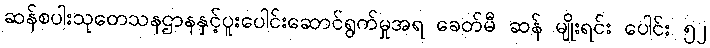
ဆန်စပါးသုတေသနဌာနနှင့်ပူးပေါင်းဆောင်ရွက်မှုအရ ခေတ်မီ ဆန် မျိုးရင်း ပေါင်း ၅၂